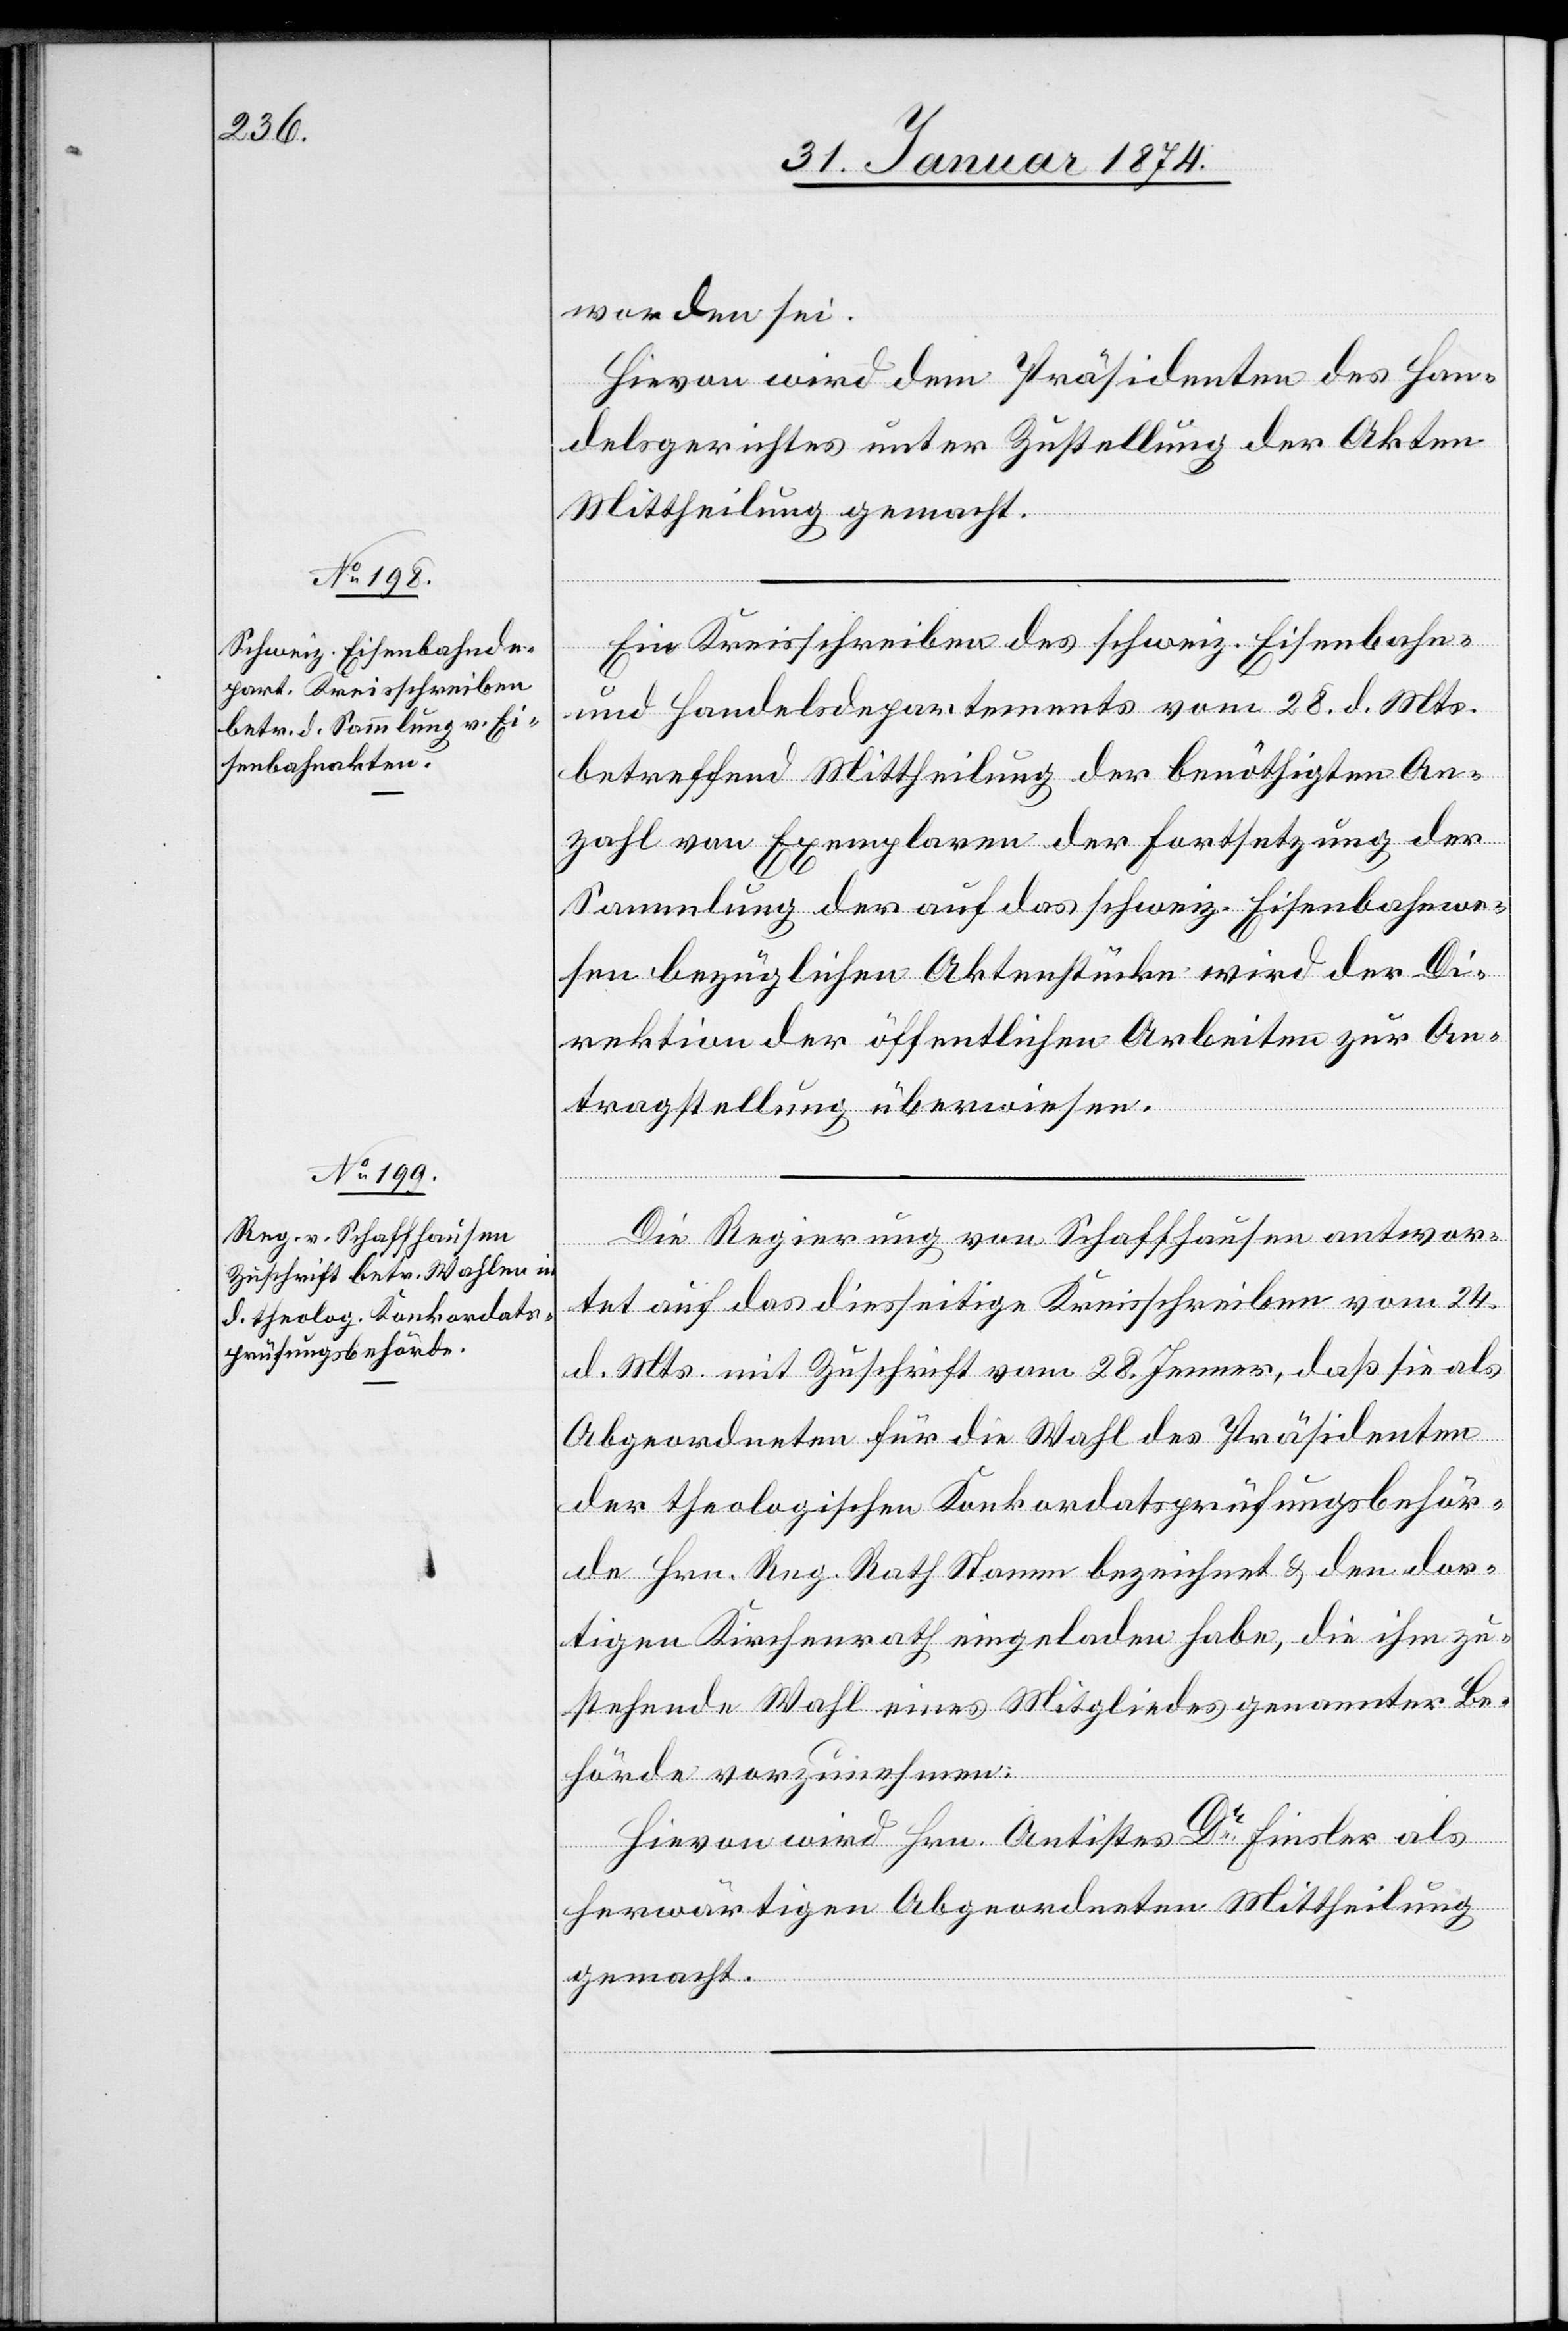
31. Januar 1874]
worden sei.
Hievon wird dem Präsidenten des Han¬
delsgerichtes unter Zustellung der Akten
Mittheilung gemacht.
Ein Kreisschreiben des schweiz. Eisenbahn-
und Handelsdepartements vom 28. d. Mts.
betreffend Mittheilung der benöthigten An¬
zahl von Exemplaren der Fortsetzung der
Sammlung der auf das schweiz. Eisenbahnwe¬
sen bezüglichen Aktenstücke wird der Di¬
rektion der öffentlichen Arbeiten zur An¬
tragstellung überwiesen.
Die Regierung von Schaffhausen antwor¬
tet auf das diesseitige Kreisschreiben vom 24.
d. Mts. mit Zuschrift vom 28. Jenner, daß sie als
Abgeordneten für die Wahl des Präsidenten
der theologischen Konkordatsprüfungsbehör¬
de Hrn. Reg. Rath Stamm bezeichnet u. den dor¬
tigen Kirchenrath eingeladen habe, die ihm zu¬
stehende Wahl eines Mitgliedes genannter Be¬
hörde vorzunehmen.
Hievon wird Hrn. Antistes Dr Finsler als
herwärtigen Abgeordneten Mittheilung
gemacht.